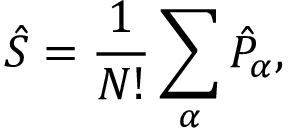
\hat { S } = \frac { 1 } { N ! } \sum _ { \alpha } \hat { P } _ { \alpha } ,